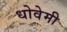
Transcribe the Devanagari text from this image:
धोवेमी